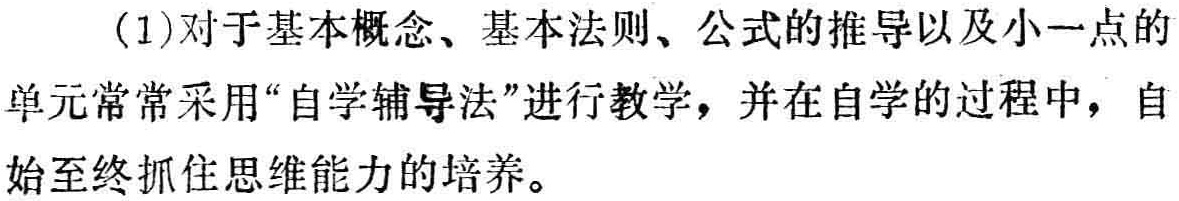
(1)对于基本概念、基本法则、公式的推导以及小一点的单元常常采用“自学辅导法”进行教学，并在自学的过程中，自始至终抓住思维能力的培养。